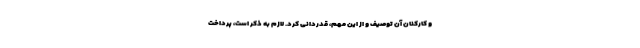
و کارکنان آن توصیف و از این مهم، قدردانی کرد. لازم به ذکر است، پرداخت